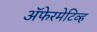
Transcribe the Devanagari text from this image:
ॲफेरमेटिव्ह